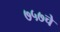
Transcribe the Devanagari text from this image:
७५७चे